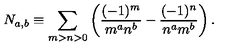
N _ { a , b } \equiv \sum _ { m > n > 0 } \left( \frac { ( - 1 ) ^ { m } } { m ^ { a } n ^ { b } } - \frac { ( - 1 ) ^ { n } } { n ^ { a } m ^ { b } } \right) .